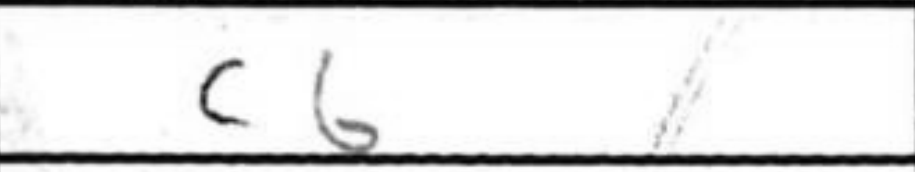
Transcription: c6